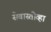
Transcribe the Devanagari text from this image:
सेवास्तोव्हा